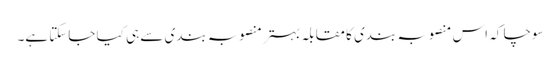
سوچا کہ اس منصوبہ بندی کا مقابلہ بہتر منصوبہ بندی سے ہی کیا جاسکتا ہے۔